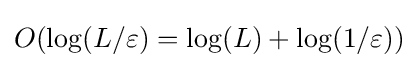
O(\log(L/\varepsilon )=\log(L)+\log(1/\varepsilon ))